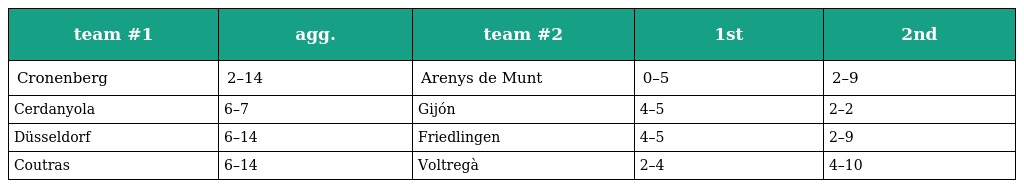
| team #1 | agg. | team #2 | 1st | 2nd |
 | --- | --- | --- | --- | --- |
 | Cronenberg | 2–14 | Arenys de Munt | 0–5 | 2–9 |
 | Cerdanyola | 6–7 | Gijón | 4–5 | 2–2 |
 | Düsseldorf | 6–14 | Friedlingen | 4–5 | 2–9 |
 | Coutras | 6–14 | Voltregà | 2–4 | 4–10 |